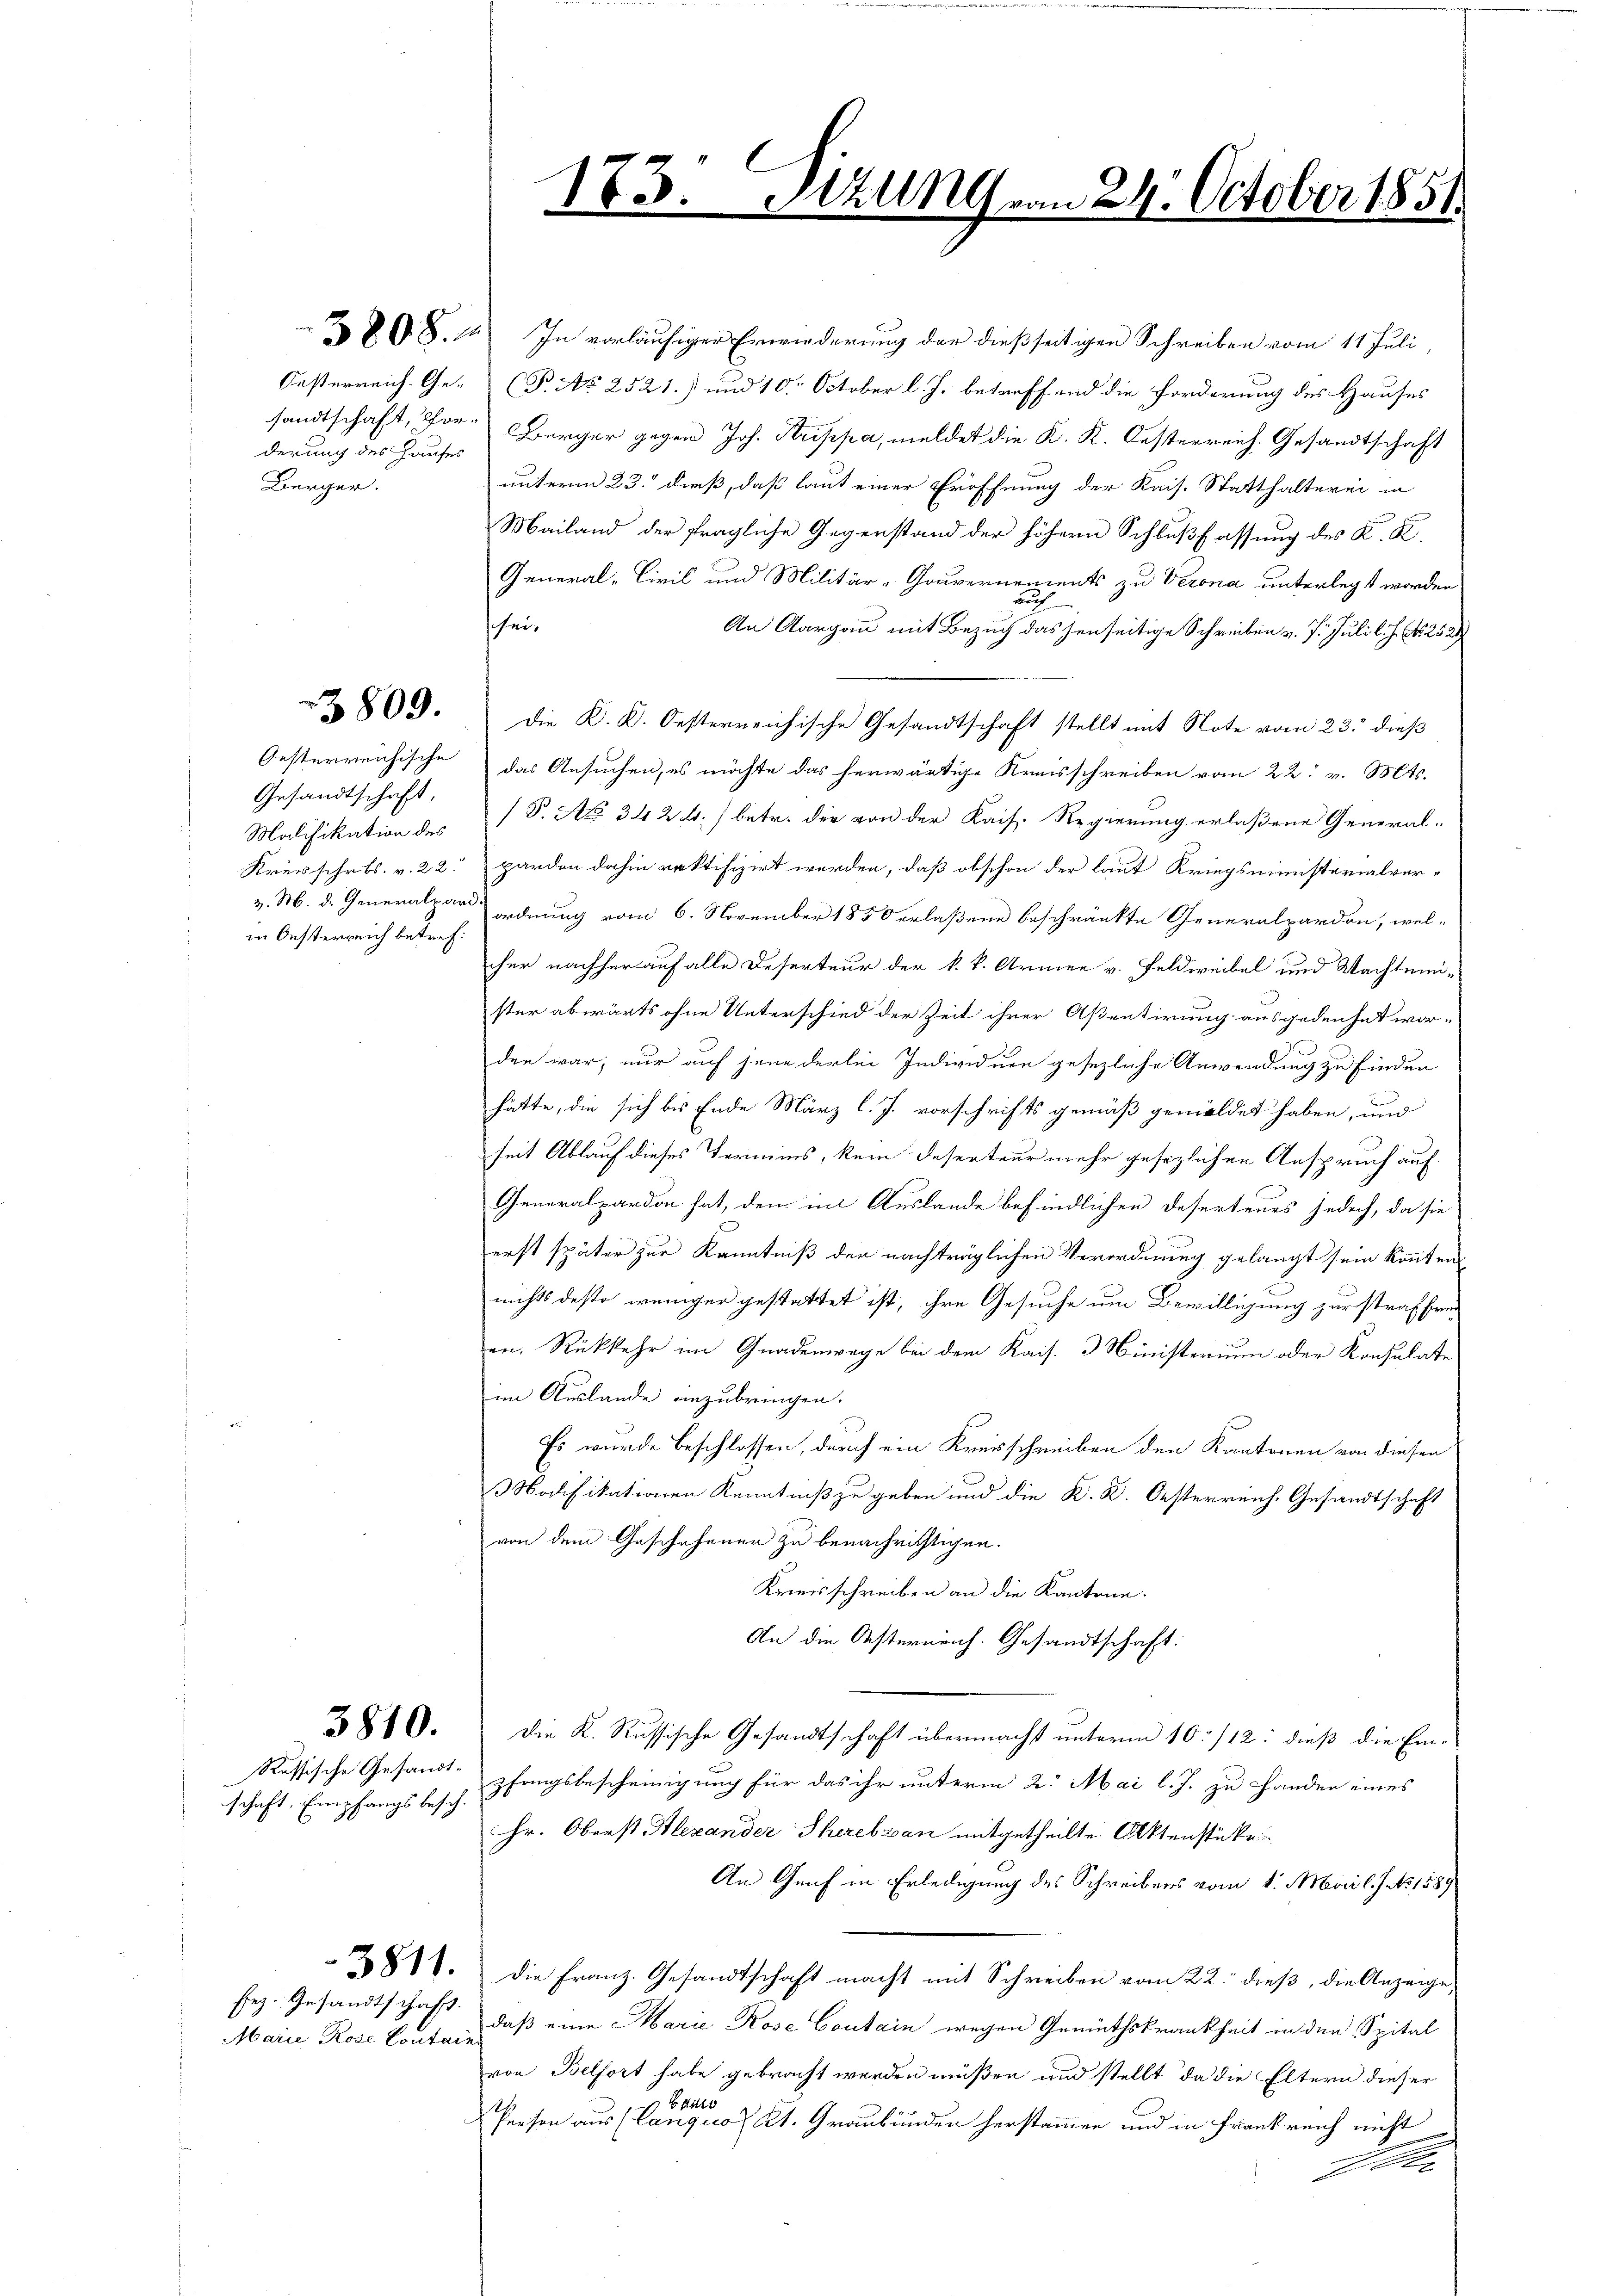
derung des Hauses
Bürger.

Oesterreichische
Gesandtschaft,
in Oesterreich betref¬

schaft. Empfangs besch.

fez. Gesandtschaft.
Marie Rose Contain

898. In vorläufiger Erwiederung der dießseitigen Schreiben vom 11 Juli
Oesterreich. Ge- (P. No 2521.) und 10. October l. J. betreffend die Forderung des Hauses
sandtschaft, Vor- Berger gegen Joh. Strippa, meldet die K. K. Oesterreich. Gesandtschaft
unterm 23. dieß, daß laut einer Eröffnung der Kais. Statthalterei in
Mailand der fragliche Gegenstand der höhern Schlußfassung des K. K.
General-Civil und Militär-Gouvernements zu Verona unterlegt worden
sei,
An Aargau mit Besuch das jenseitige Schreiben v. 7. Juli l. J. N. 252
2809. die K. K. Oesterreichische Gesandtschaft stellt mit Note vom 23. dieß
das Ansuchen, es möchte das herwärtige Kreisschreiben vom 22. v. Mts.
Malifikation des P. Nr. 342 f.) betr. die von der Kais. Regierung erlaßene General-
Kreisschrbs. v. 22. Harden dahin rektifizirt werden, daß obschon der laut Kriegsministerialverv. M. d. Generalpar ordnung vom 6. November 1850 erlaßene beschränkte Generalpardon, wel-
cher nachher auf alle Deserteur der k. k. Armen v. Feldweibel und Wachtemister abwärts ohne Unterschied der Zeit ihrer Aßentirung ausgedenhet wor-
den war; nur auf jene derlei Individuen gesezliche Anwendung zu finden
hätte, die sich bis Ende März l. J. vorschrifts gemäß gemeldet haben, und
seit Ablauf dieses Termins, kein Deserteur mehr gesezlichen Anspruch auf
Generalpardon hat, den im Auslande befindlichen Deserteurs jedoch, da sie
erst später zur Kenntniß der nachträglichen Verordnung gelangt sein konnten.
nichts desto weniger gestattet ist, ihre Gesuche um Bewilligung zur straf freien Rückkehr im Gnadenwege bei dem Kais. 3 Ministerium oder Konsulate
im Auslande einzubringen.
Es wurde beschlossen, durch ein Kreisschreiben den Kantonen von diesen
odifikationen Kenntniß zu geben und die K. K. Oesterreich. Gesandtschaft
von dem Geschehenen zu benachrichtigen.
Kreisschreiben an die Kantone.
An die Osterneich. Gesandtschaft:
3810. die K. Russische Gesandtschaft übermächst unterm 10/12: dieß die Ein-
Russische Gesandt pfangsbescheinigung für das ihr unterm 2. Mai l. J. zu Handen eines
Hr. Oberst Alexander Therebzan mitgetheilte Aktenstücke
An Genf in Erledigung des Schreibens vom 1. Mai l. J. b. 1889
381. Die Franz. Gesandtschaft macht mit Schreiben vom 22. dieß, die Anzeige,
daß eine Marie Rose Coutain wegen Gemüthskrankheit in den Spital
von Belfort habe gebracht werden müßen und stellt, da die Eltern dieser
E Attes
Person aus (Canquo Kt. Graubünden herstammen und in Frankreich nicht
Ihlen

1.

23

Sizung
d
.

24. October 1851